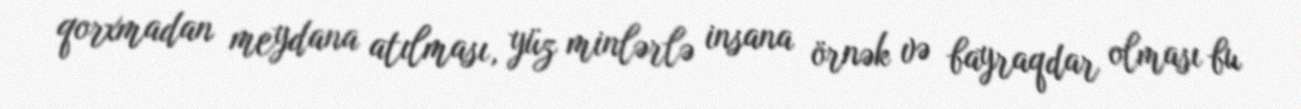
qorxmadan meydana atılması, yüz minlərlə insana örnək və bayraqdar olması bu